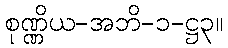
စုဏ္ဏိယ-အဘိ-၁-ဋ္ဌ၃။